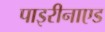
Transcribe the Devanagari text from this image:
पाइरीनाएड